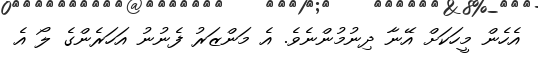
އެހެން މީހަކަށް އޭނާ ދިނުމުންނެވެ. އެ މަންޒަރު ފެނުނު އަހަރެންގެ ލޯ އެ